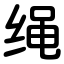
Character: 绳